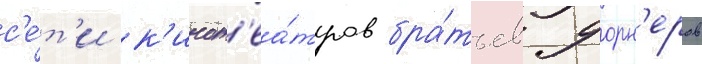
с'е́т'и к'инот'еа́тров бра́тьев уорн'еров